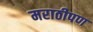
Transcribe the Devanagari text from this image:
मराठीपण